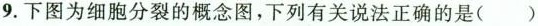
9.下图为细胞分裂的概念图，下列有关说法正确的是()